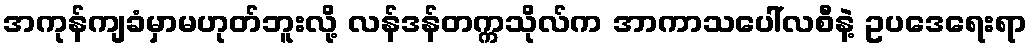
အကုန်ကျခံမှာမဟုတ်ဘူးလို့ လန်ဒန်တက္ကသိုလ်က အာကာသပေါ်လစီနဲ့ ဥပဒေရေးရာ